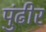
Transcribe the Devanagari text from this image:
पुंढीर